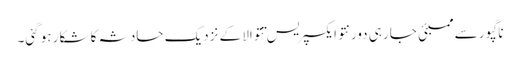
ناگپور سے ممبئی جا رہی دورنتو ایکسپریس تتوالا کے نزدیک حادثہ کا شکار ہو گئی۔